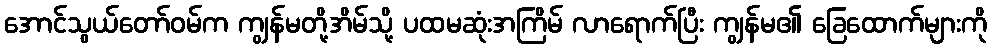
အောင်သွယ်တော်ဝမ်က ကျွန်မတို့အိမ်သို့ ပထမဆုံးအကြိမ် လာရောက်ပြီး ကျွန်မ၏ ခြေထောက်များကို